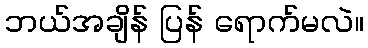
ဘယ်အချိန် ပြန် ရောက်မလဲ။